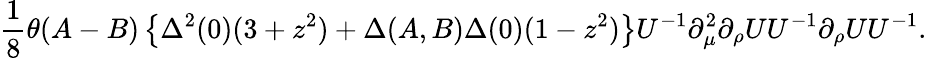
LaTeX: \frac 18\theta(A-B)\left\{ \Delta^{2}(0)(3+z^{2})+\Delta(A,B)\Delta(0)(1-z^{2})\right\} U^{-1}\partial_{\mu}^{2}\partial_{\rho}UU^{-1}\partial_{\rho}UU^{-1}.